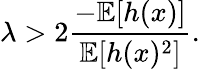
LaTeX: \lambda>2\frac{-\mathbb{E}[h(x)]}{\mathbb{E}[h(x)^{2}]}.